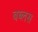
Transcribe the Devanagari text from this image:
बब्लस